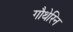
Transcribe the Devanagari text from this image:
गौथेरिन